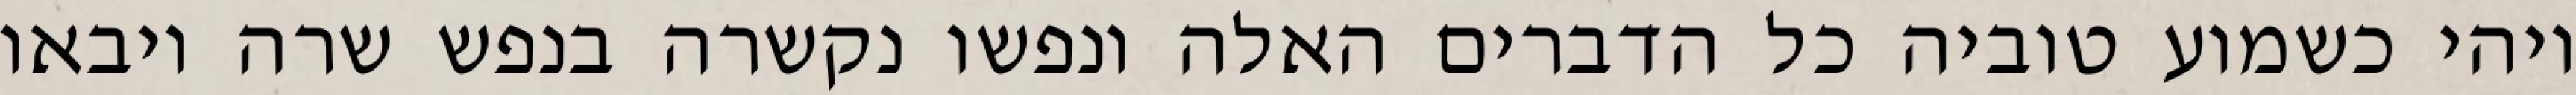
ויהי כשמוע טוביה כל הדברים האלה ונפשו נקשרה בנפש שרה ויבאו